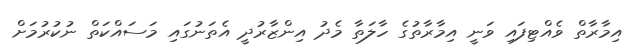
އިމާރާތް ވެއްޓިފައި ވަނީ އިމާރާތުގެ ހާލަތާ މެދު އިންޒާރުދީ އެތަނުގައި މަސައްކަތް ނުކުރުމަށް